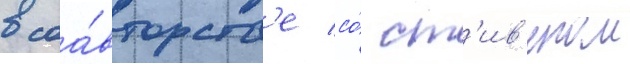
в соа́вторств'е со́ ст'ив'еном